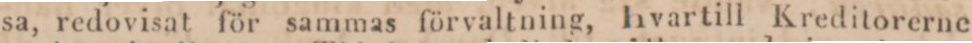
sa, redovisat för sammas förvaltning, hvartill Kreditorerne